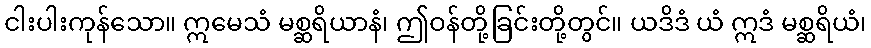
ငါးပါးကုန်သော။ ဣမေသံ မစ္ဆရိယာနံ၊ ဤဝန်တို့ခြင်းတို့တွင်။ ယဒိဒံ ယံ ဣဒံ မစ္ဆရိယံ၊